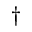
^ \dagger